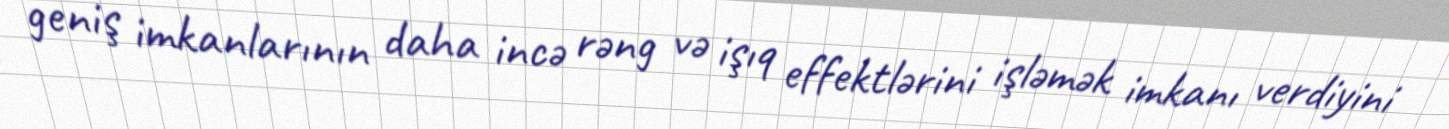
geniş imkanlarının daha incə rəng və işıq effektlərini işləmək imkanı verdiyini